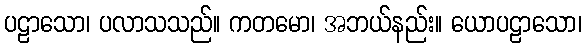
ပဠာသော၊ ပလာသသည်။ ကတမော၊ အဘယ်နည်း။ ယောပဠာသော၊